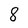
Character: 8